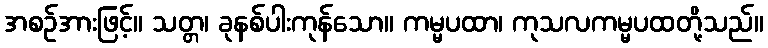
အစဉ်အားဖြင့်။ သတ္တ၊ ခုနစ်ပါးကုန်သော။ ကမ္မပထာ၊ ကုသလကမ္မပထတို့သည်။